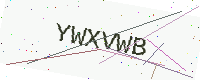
Text: YWXVWB